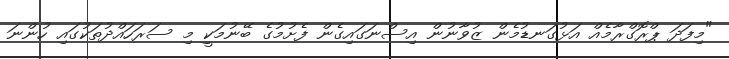
"މިފަދަ ޕްރޮގްރާމެއް އަޅުގަނޑުމެން ޒުވާނުން އިސްނަގައިގެން ފެށުމުގެ ބޭނުމަކީ މި ސަރަހައްދުތަކުގައި ހުންނަ